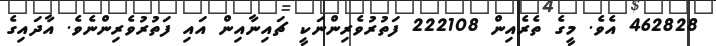
462828 އެވެ. މީގެ ތެރެއިން 222108 ފަތުރުވެރިންނަކީ ޗައިނާއިން އައި ފަތުރުވެރިންނެވެ. އާދައިގެ